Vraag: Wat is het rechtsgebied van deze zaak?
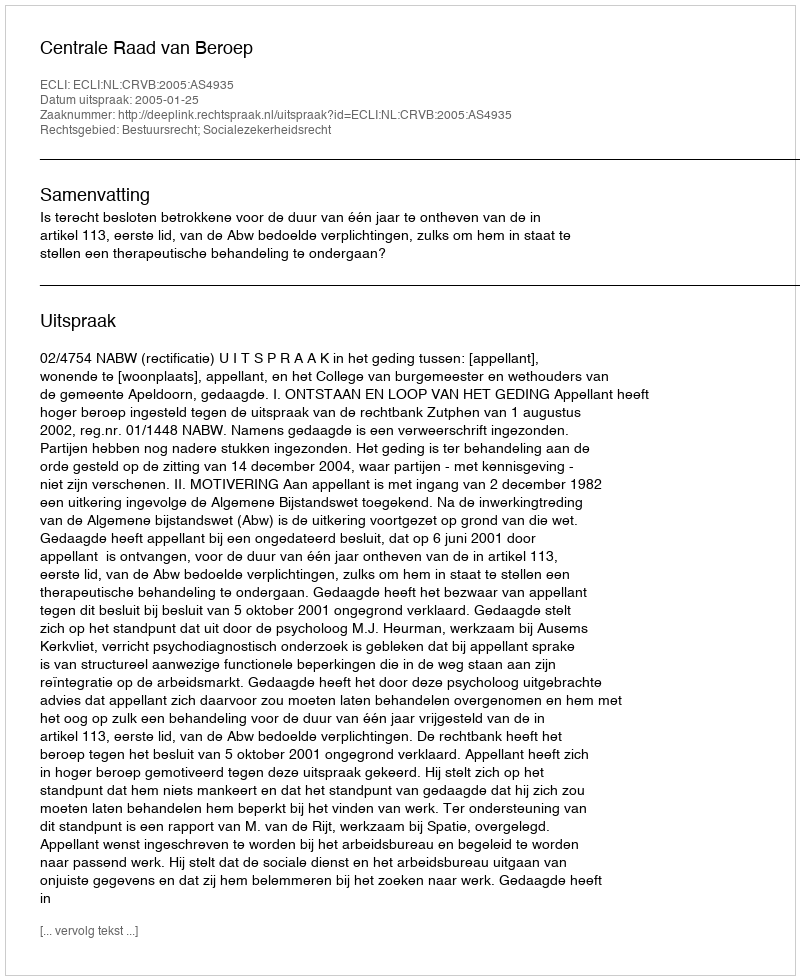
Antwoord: Bestuursrecht; Socialezekerheidsrecht